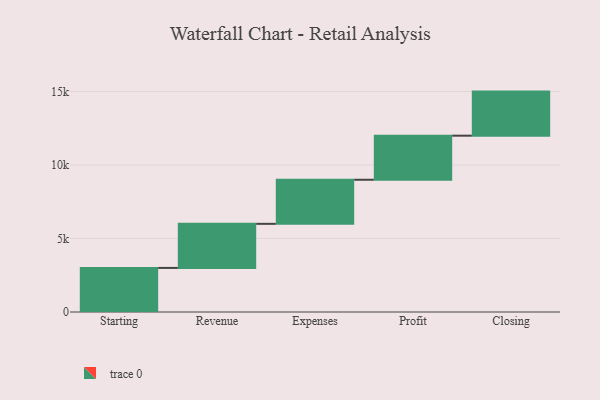
{"axis": {"x": "Step", "y": "Value"}, "legend": [""], "data": [{"x": "Starting", "y": 3000, "type": ""}, {"x": "Revenue", "y": 3000, "type": ""}, {"x": "Expenses", "y": 3000, "type": ""}, {"x": "Profit", "y": 3000, "type": ""}, {"x": "Closing", "y": 3000, "type": ""}]}